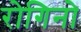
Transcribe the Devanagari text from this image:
रोगिनो